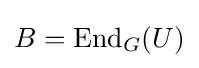
B=\operatorname {End} _{G}(U)